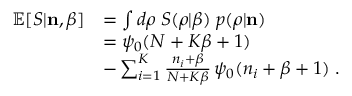
\begin{array} { r l } { \mathbb { E } [ S | { \bf n } , \beta ] } & { = \int d \boldsymbol { \rho } \; S ( \boldsymbol { \rho } | \beta ) \; p ( \boldsymbol { \rho } | { \bf n } ) } \\ & { = \psi _ { 0 } ( N + K \beta + 1 ) } \\ & { - \sum _ { i = 1 } ^ { K } \frac { n _ { i } + \beta } { N + K \beta } \, \psi _ { 0 } ( n _ { i } + \beta + 1 ) \; . } \end{array}